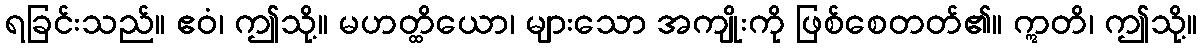
ရခြင်းသည်။ ဧဝံ၊ ဤသို့။ မဟတ္ထိယော၊ များသော အကျိုးကို ဖြစ်စေတတ်၏။ ဣတိ၊ ဤသို့။